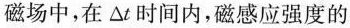
磁场中，在\Delta t时间内，磁感应强度的